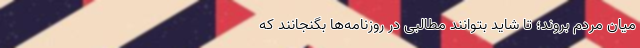
میان مردم بروند؛ تا شاید بتوانند مطالبی در روزنامه‌ها بگنجانند که